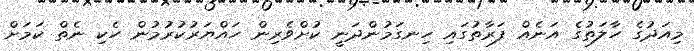
މިއަދުގެ ހާލަތުގެ އަނެއް ފަރާތުގައި ހިނގަމުންދަނީ ކުށްވެރިން ހައްޔަރުކުރުމުން ހެކި ނެތް ކަމަށް